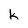
Character: k